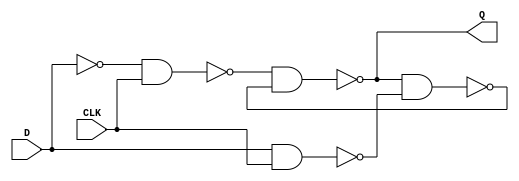
`timescale 1ns/1ns
module Dlatch3(input D,CLK, output Q);
  wire w,i,k,y;
assign #(7) w= ~D;
assign #(7) i= ~(w&CLK);
assign #(7) k= ~(D&CLK);
assign #(7) Q= ~(i&y);
assign #(7) y= ~(Q&k); 
endmodule